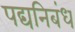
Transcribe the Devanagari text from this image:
पद्यनिबंध